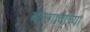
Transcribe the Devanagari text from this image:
बेळगावाच्या